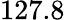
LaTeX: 127.8